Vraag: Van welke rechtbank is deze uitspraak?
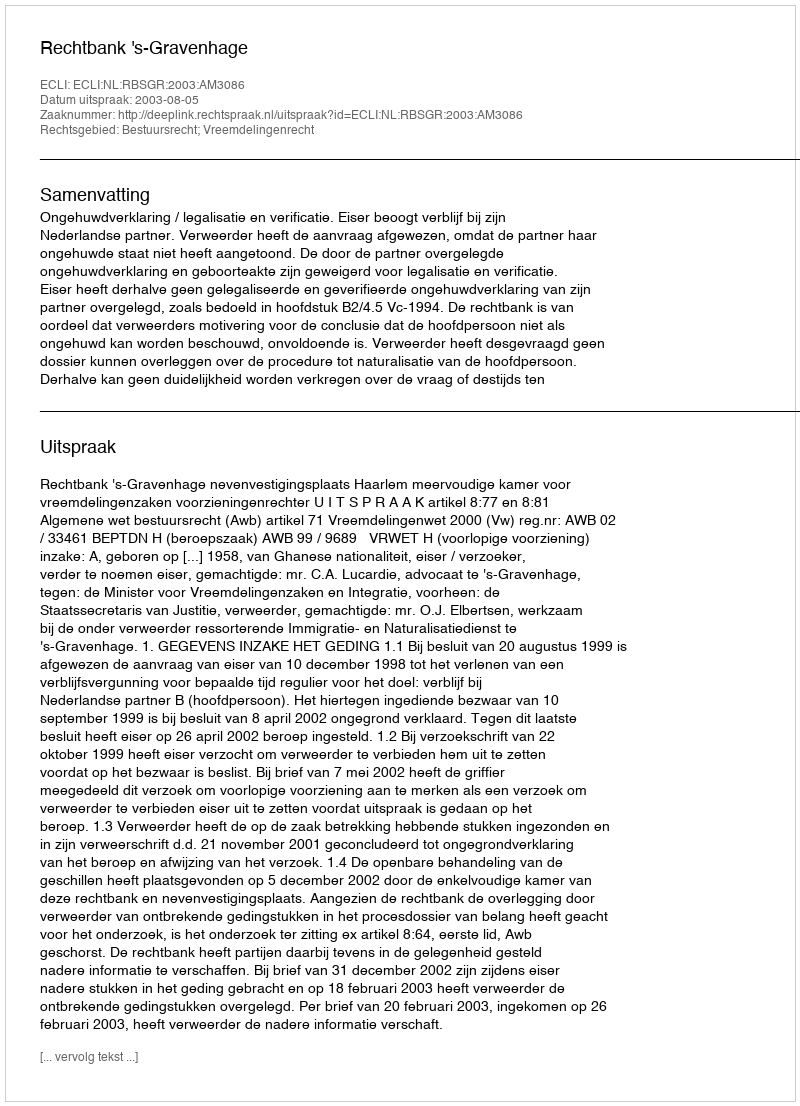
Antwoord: Rechtbank 's-Gravenhage